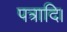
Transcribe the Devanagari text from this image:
पत्रादि।